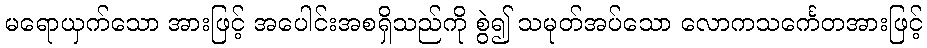
မရောယှက်သော အားဖြင့် အပေါင်းအစရှိသည်ကို စွဲ၍ သမုတ်အပ်သော လောကသင်္ကေတအားဖြင့်